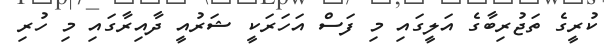
ކުރީގެ ތަޖުރިބާގެ އަލީގައި މި ފަސް އަހަރަކީ ޝަރުއީ ދާއިރާގައި މި ހުރި